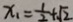
x _ { 1 } = \frac { 1 } { 2 } + \sqrt { 2 }